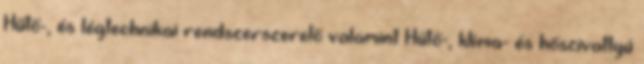
Hűtő-, és légtechnikai rendszerszerelő valamint Hűtő-, klíma- és hőszivattyú